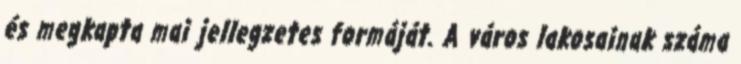
és megkapta mai jellegzetes formáját. A város lakosainak száma